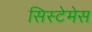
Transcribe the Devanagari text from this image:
सिस्टेमेस